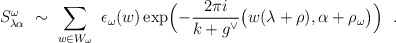
\begin{align*}S_{\lambda\alpha}^\omega \ \sim\ \sum_{w\in W_\omega}\ \epsilon_\omega(w) \exp\Bigl(-\frac{2\pi i}{k+g^\vee} \bigl(w(\lambda+\rho),\alpha+\rho_\omega\bigr)\Bigr)\ \ .\end{align*}